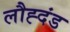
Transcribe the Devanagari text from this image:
लौह्दंड